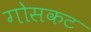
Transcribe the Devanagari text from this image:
गोसकट